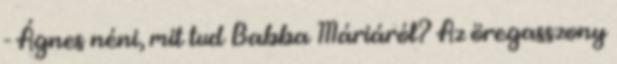
- Ágnes néni, mit tud Babba Máriáról? Az öregasszony